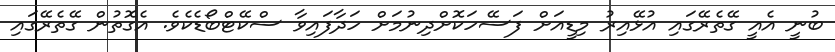
ބުނީ އެއީ ގޭތެރޭގައި އުޅޭއިރު މިޑީއަށް ފަސޭހަކޮށްދިނުމަށް ހަދާފައިވާ ސްކޭޓްބޯޑެކެވެ. އެގޮތުން ގޭތެރޭގައި